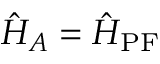
\hat { H } _ { A } = \hat { H } _ { \mathrm { P F } }